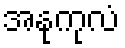
အနုကုလံ